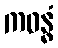
ကဝန္ဓံ